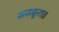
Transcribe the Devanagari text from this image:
मजकूरात